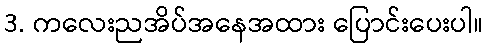
3. ကလေးညအိပ်အနေအထား ပြောင်းပေးပါ။